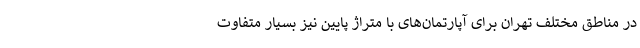
در مناطق مختلف تهران برای آپارتمان‌های با متراژ پایین نیز بسیار متفاوت